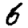
Digit: 6